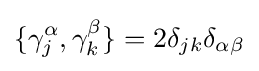
\{\gamma _{j}^{\alpha },\gamma _{k}^{\beta }\}=2\delta _{jk}\delta _{\alpha \beta }